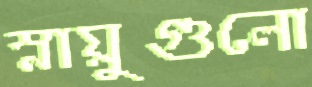
স্নায়ুগুলো